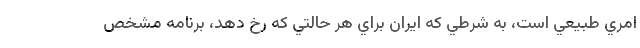
امري طبيعي است، به شرطي كه ايران براي هر حالتي كه رخ دهد، برنامه مشخص